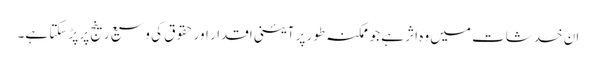
ان خدشات میں وہ اثر ہے جو ممکنہ طور پر آئینی اقدار اور حقوق کی وسیع رینج پر پڑ سکتا ہے۔